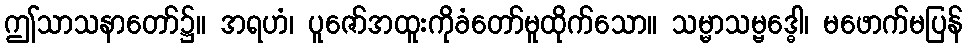
ဤသာသနာတော်၌။ အရဟံ၊ ပူဇော်အထူးကိုခံတော်မူထိုက်သော။ သမ္မာသမ္ဗဒ္ဓေါ၊ မဖောက်မပြန်